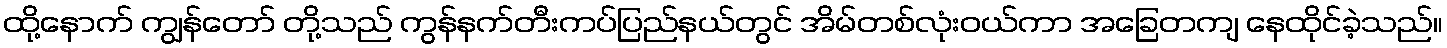
ထို့နောက် ကျွန်တော် တို့သည် ကွန်နက်တီးကပ်ပြည်နယ်တွင် အိမ်တစ်လုံးဝယ်ကာ အခြေတကျ နေထိုင်ခဲ့သည်။